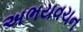
અભયવચન